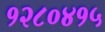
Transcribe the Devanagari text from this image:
१२८०४१५